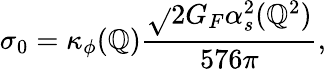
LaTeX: \sigma_{0}=\kappa_{\phi}(\mathbb{Q}){\frac{{\sqrt{}{{2}}G_{F}\alpha_{s}^{2}(\mathbb{Q}^{2})}}{{576\pi}}},